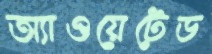
অ্যাওয়েটেড